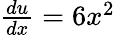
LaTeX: \textstyle{\frac{du}{dx}}=6x^{2}